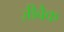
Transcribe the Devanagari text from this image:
ज़ीबैक